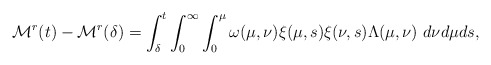
\begin{align*}\mathcal{M}^{r}(t)-\mathcal{M}^{r}(\delta)=\int_{\delta}^{t}\int_{0}^{\infty}\int_{0}^{\mu}\omega(\mu,\nu)\xi(\mu,s)\xi(\nu,s)\Lambda(\mu,\nu)\ d\nu d\mu ds,\end{align*}